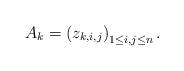
LaTeX: \begin{align*}A_{k}=\left(z_{k,i,j}\right)_{1\le i,j\le n}.\end{align*}